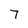
Character: 7